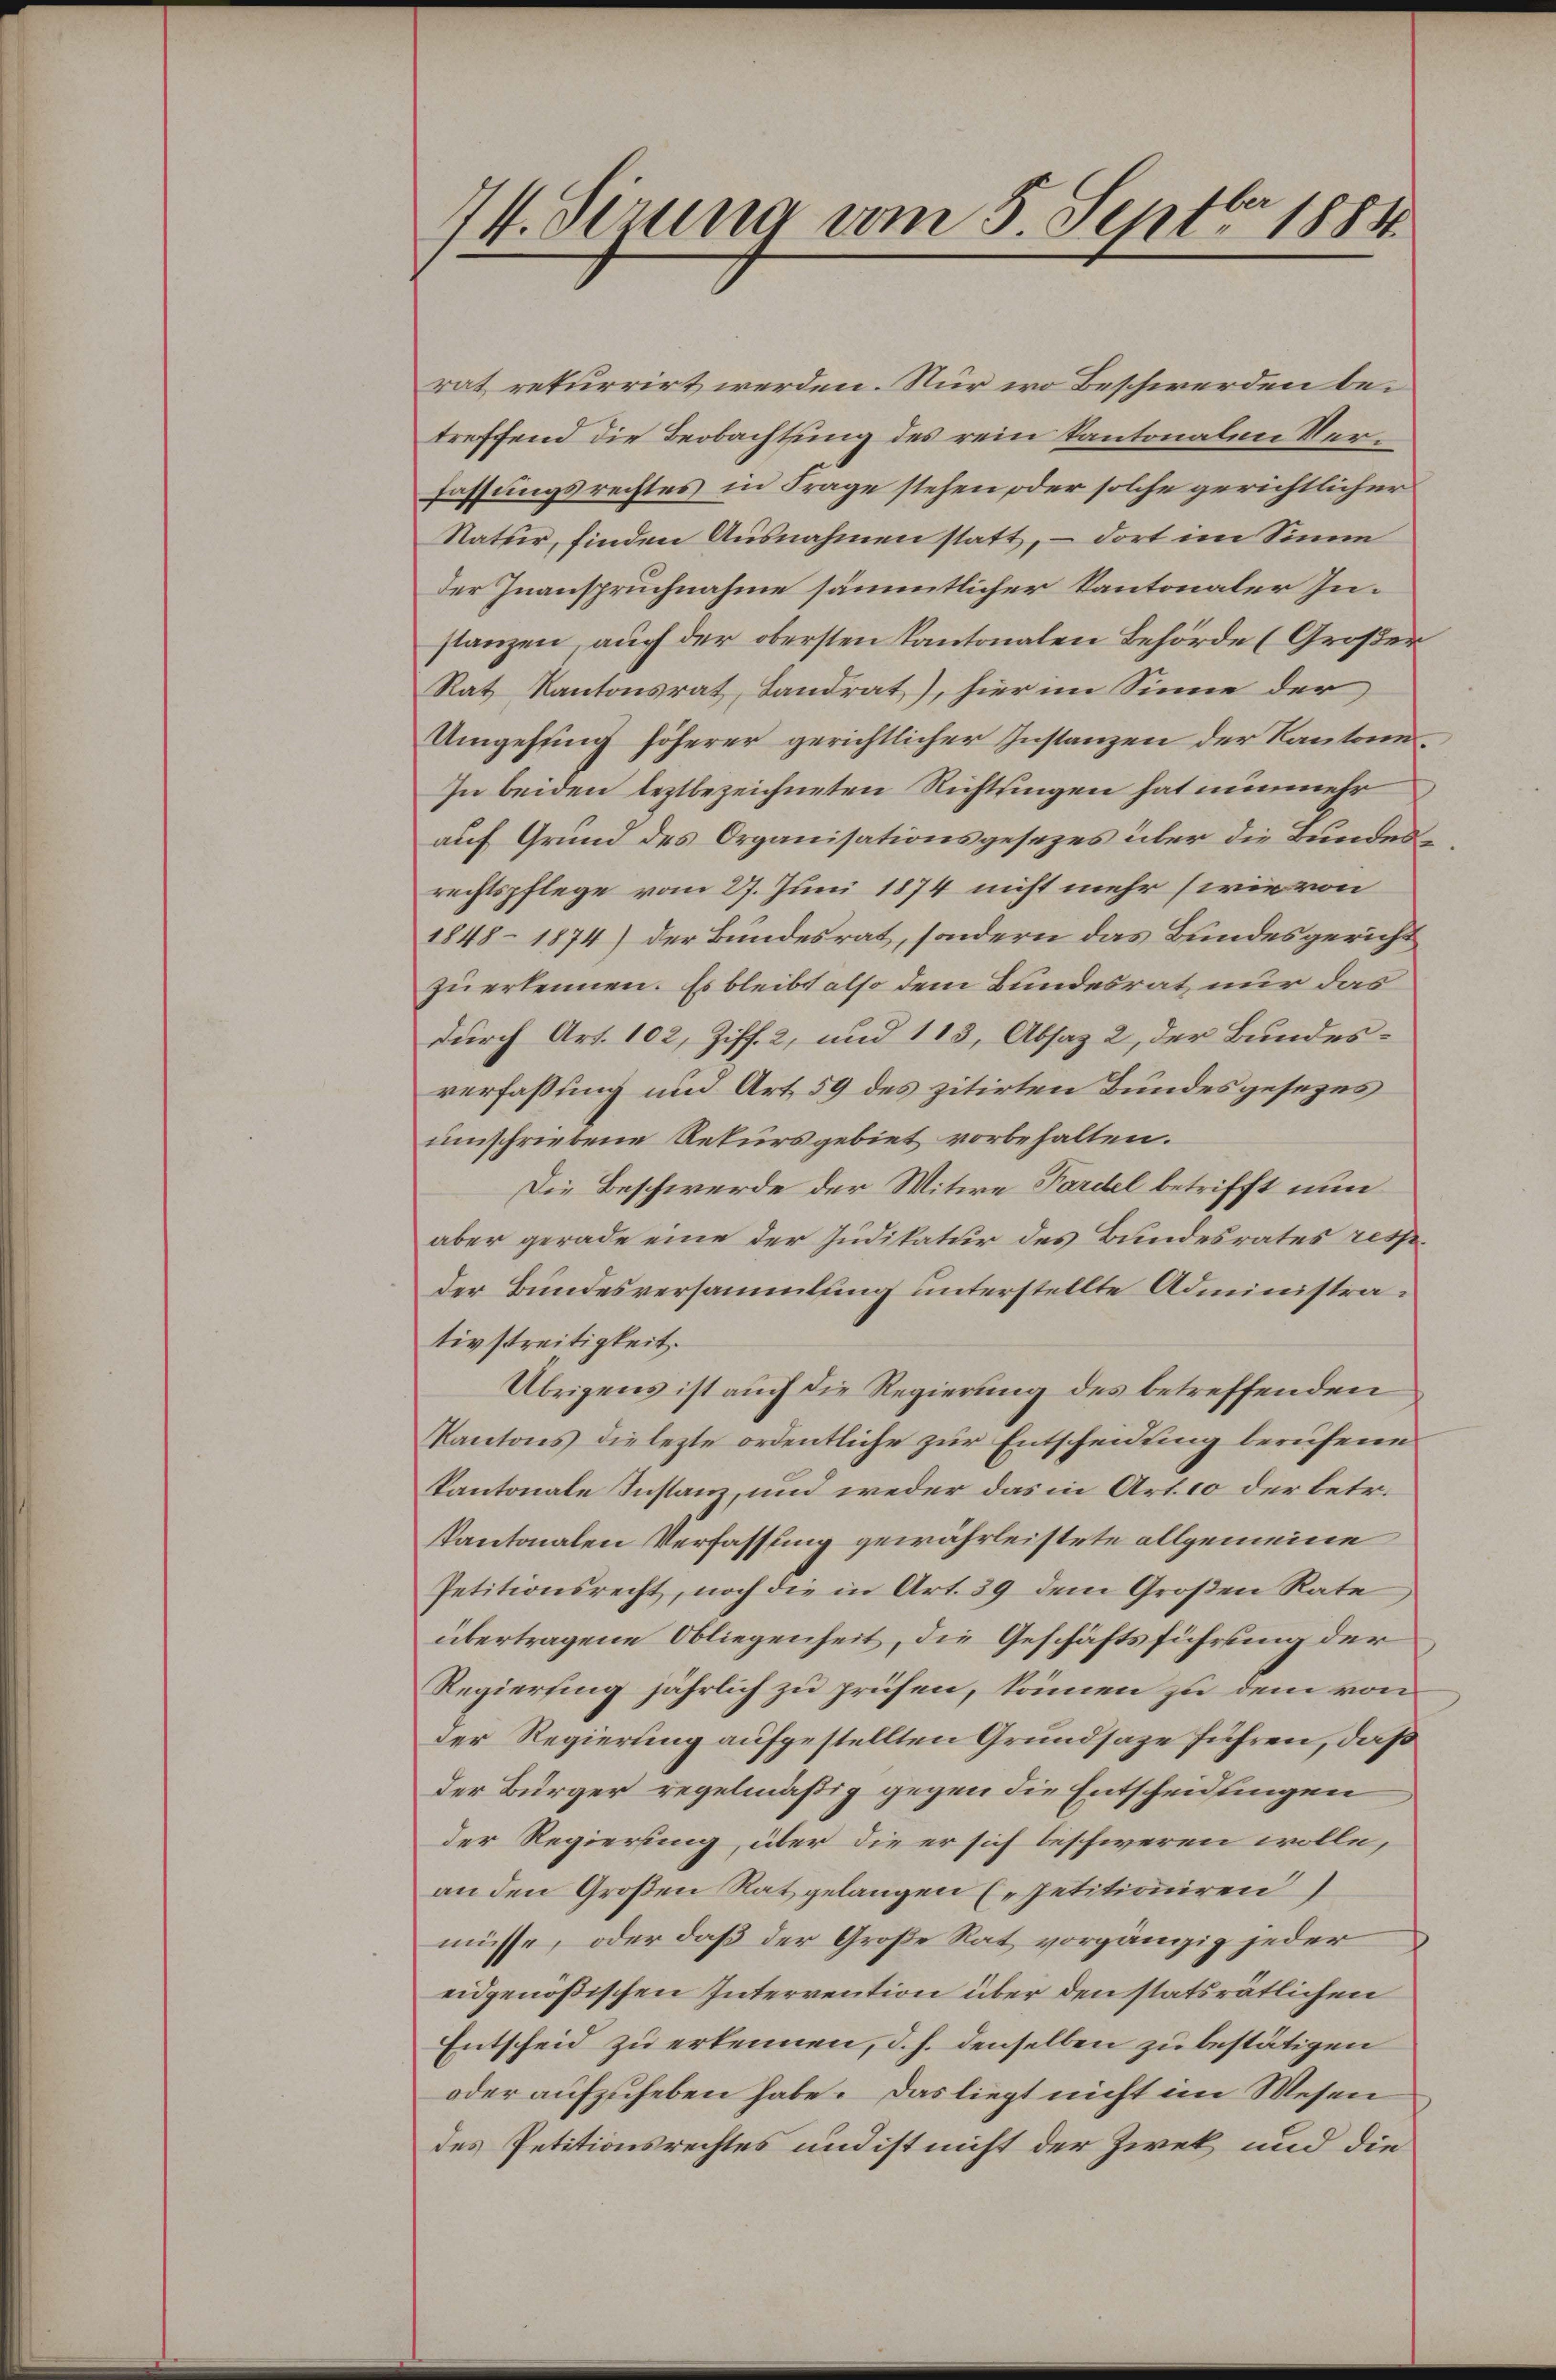
74. derung vom 5. Septbr. 1884

rat rekurrirt werden. Nur wo Beschwerden betreffend die Beobachtung des rein Kantonalen Verfassungsrechtes in Frage stehen oder solche gerichtlicher
Natur, finden Ausnahmen statt, – dort im Sinne
der Inanspruchnahme sämmtlicher Kantonaler Instanzen, auch der obersten Kantonalen Behörde (Großer
Rat Kantonsrat, Landrat), hier im Sinne der
Umgehung höherer gerichtlicher Instanzen der Kantone.
In beiden leztbezeichneten Richtungen hat nunmehr
auf Grund des Organisationsgesezes über die Bundesrechtspflege vom 27. Juni 1874 nicht mehr (wie von
1848–1874) der Bundesrat, sondern das Bundesgericht
zu erkennen. Es bleibt also dem Bundesrat nur das
durch Art. 102, Ziff. 2, und 113, Absaz 2, der Bundesverfassung und Art. 59 des zitirten Bundesgesezes
umschriebene Rekursgebiet vorbehalten.
Die Beschwerde der Witwe Pardel betrifft nun
aber gerade eine der Judikatur des Bundesrates respeder Bundesversammlung unterstellte Administrativstreitigkeit.
Übrigens ist auch die Regierung des betreffenden
Kantons die lezte ordentliche zur Entscheidung berufene
Kantonale Instanz, und weder das in Art. 10 der betr.
kantonalen Verfassung gewährleistete allgemeine
Petitionsrecht, noch die in Art. 39 dem Großen Rate
übertragene Obliegenheit, die Geschäftsführung der
Regierung jährlich zu prüfen, können zu dem von
Der Regierung aufgestellten Grundsaze führen, daß
der Bürger regelmäßig gegen die Entscheidungen
der Regierung, über die er sich beschweren wolle,
an den Großen Rat gelangen (petitioniren
müsse, oder daß der Große Rat vorgängig jeder
eidgenößischen Intervention über den statsrätlichen
Entscheid zu erkennen, d. h. denselben zu bestätigen
oder aufzuheben habe. Das liegt nicht im Wesen
des Petitionsrechtes und ist nicht der Zwek und die